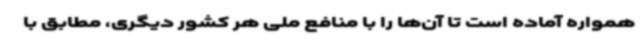
همواره آماده است تا آن‌ها را با منافع ملی هر کشور دیگری، مطابق با